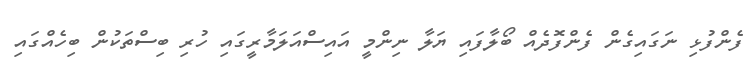
ފެންފުޅި ނަގައިގެން ފެންފޮދެއް ބޯލާފައި ޔަލާ ނިންމީ އައިސްއަލަމާރީގައި ހުރި ބިސްތަކުން ބިހެއްގައި